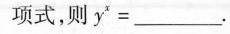
项式，则y^{x}=___。